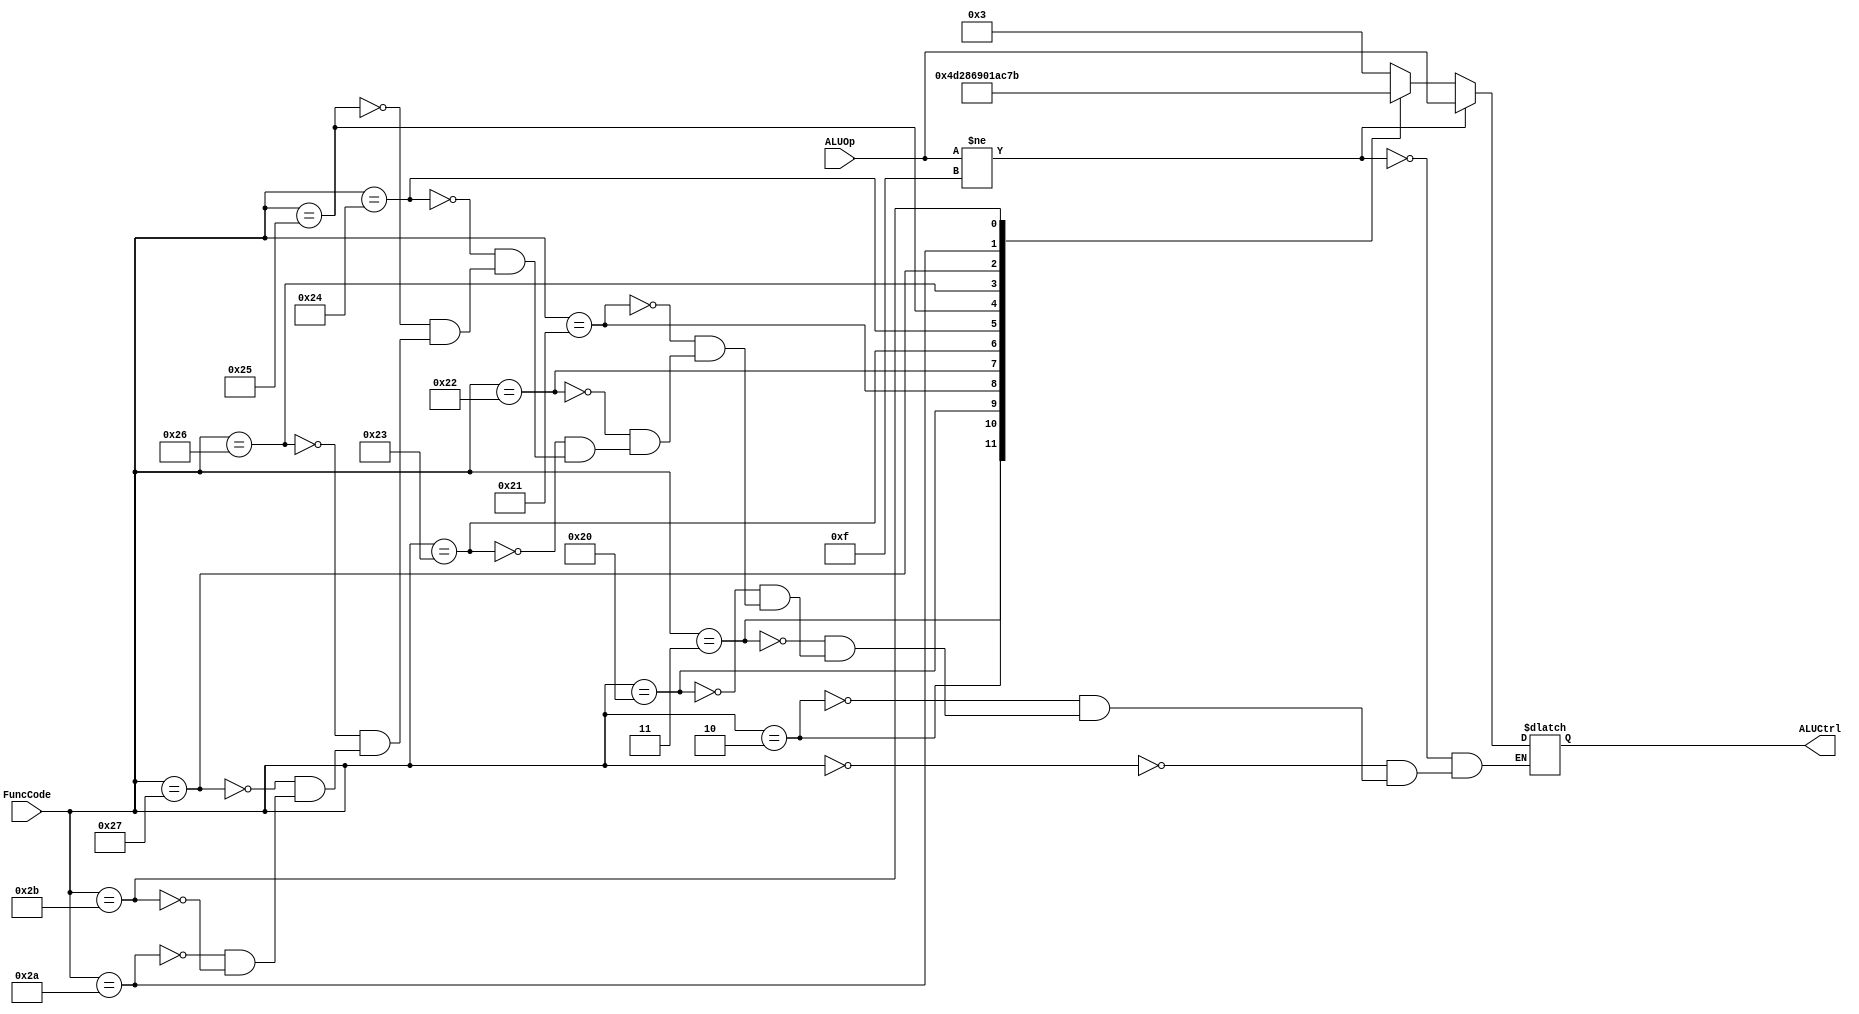
module ALUControl(ALUCtrl, ALUOp, FuncCode);
`define SLLFunc 6'b000000
`define SRLFunc 6'b000010
`define SRAFunc 6'b000011
`define ADDFunc 6'b100000
`define ADDUFunc 6'b100001
`define SUBFunc 6'b100010
`define SUBUFunc 6'b100011
`define ANDFunc 6'b100100
`define ORFunc 6'b100101
`define XORFunc 6'b100110
`define NORFunc 6'b100111
`define SLTFunc 6'b101010
`define SLTUFunc 6'b101011

`define AND 4'b0000 
`define OR 4'b0001 
`define ADD 4'b0010 
`define SLL 4'b0011 
`define SRL 4'b0100 
`define SUB 4'b0110 
`define SLT 4'b0111 
`define ADDU 4'b1000 
`define SUBU 4'b1001 
`define XOR 4'b1010 
`define SLTU 4'b1011 
`define NOR 4'b1100 
`define SRA 4'b1101 
`define LUI 4'b1110 

input[3:0] ALUOp;
input[5:0] FuncCode; 
output reg[3:0] ALUCtrl;

always @*
begin
if(ALUOp != 4'b1111)
begin
ALUCtrl<=ALUOp;
end

else
begin
case(FuncCode)
`SLLFunc:ALUCtrl<=`SLL;
`SRLFunc:ALUCtrl<=`SRL;
`SRAFunc:ALUCtrl<=`SRA;
`ADDFunc:ALUCtrl<=`ADD;
`ADDUFunc:ALUCtrl<=`ADDU;
`SUBFunc:ALUCtrl<=`SUB;
`SUBUFunc:ALUCtrl<=`SUBU;
`ANDFunc:ALUCtrl<=`AND;
`ORFunc:ALUCtrl<=`OR;
`XORFunc:ALUCtrl<=`XOR;
`NORFunc:ALUCtrl<=`NOR;
`SLTFunc:ALUCtrl<=`SLT;
`SLTUFunc:ALUCtrl<=`SLTU;
endcase
end
end 
endmodule